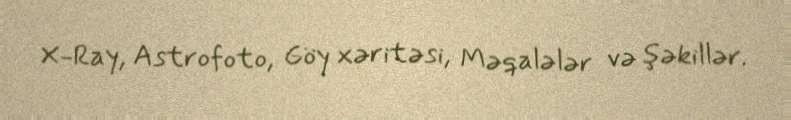
X-Ray, Astrofoto, Göy xəritəsi, Məqalələr və şəkillər.